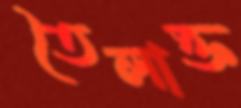
তৈলাক্ত